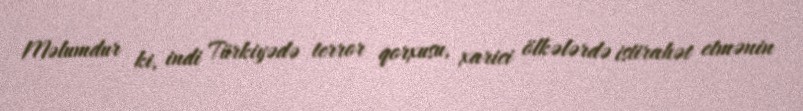
Məlumdur ki, indi Türkiyədə terror qorxusu, xarici ölkələrdə istirahət etmənin